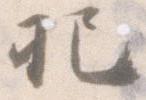
把